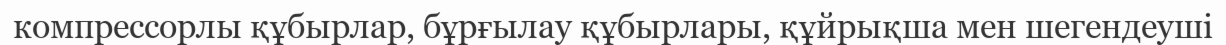
компрессорлы құбырлар, бұрғылау құбырлары, құйрықша мен шегендеуші